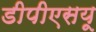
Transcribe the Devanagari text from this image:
डीपीएसयू